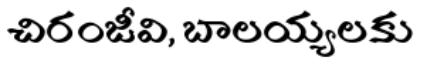
చిరంజీవి, బాలయ్యలకు